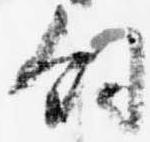
飼